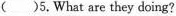
( )5.What are they doing?